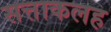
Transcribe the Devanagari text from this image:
सत्ताकलह